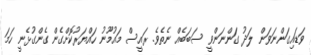
ވަޑައިގަންނަވަން ލަދު ގަންނަންވީ ސަބަބެއް ނެތެވެ. ރައީސް މައުމޫނު ހައްޔަރުކޮށްގެން ގެންގުޅެނީ ހަމަ